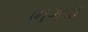
ભગવા